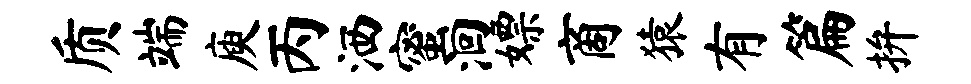
质端庾丙洒蜜洄嫖商猿有篇拚